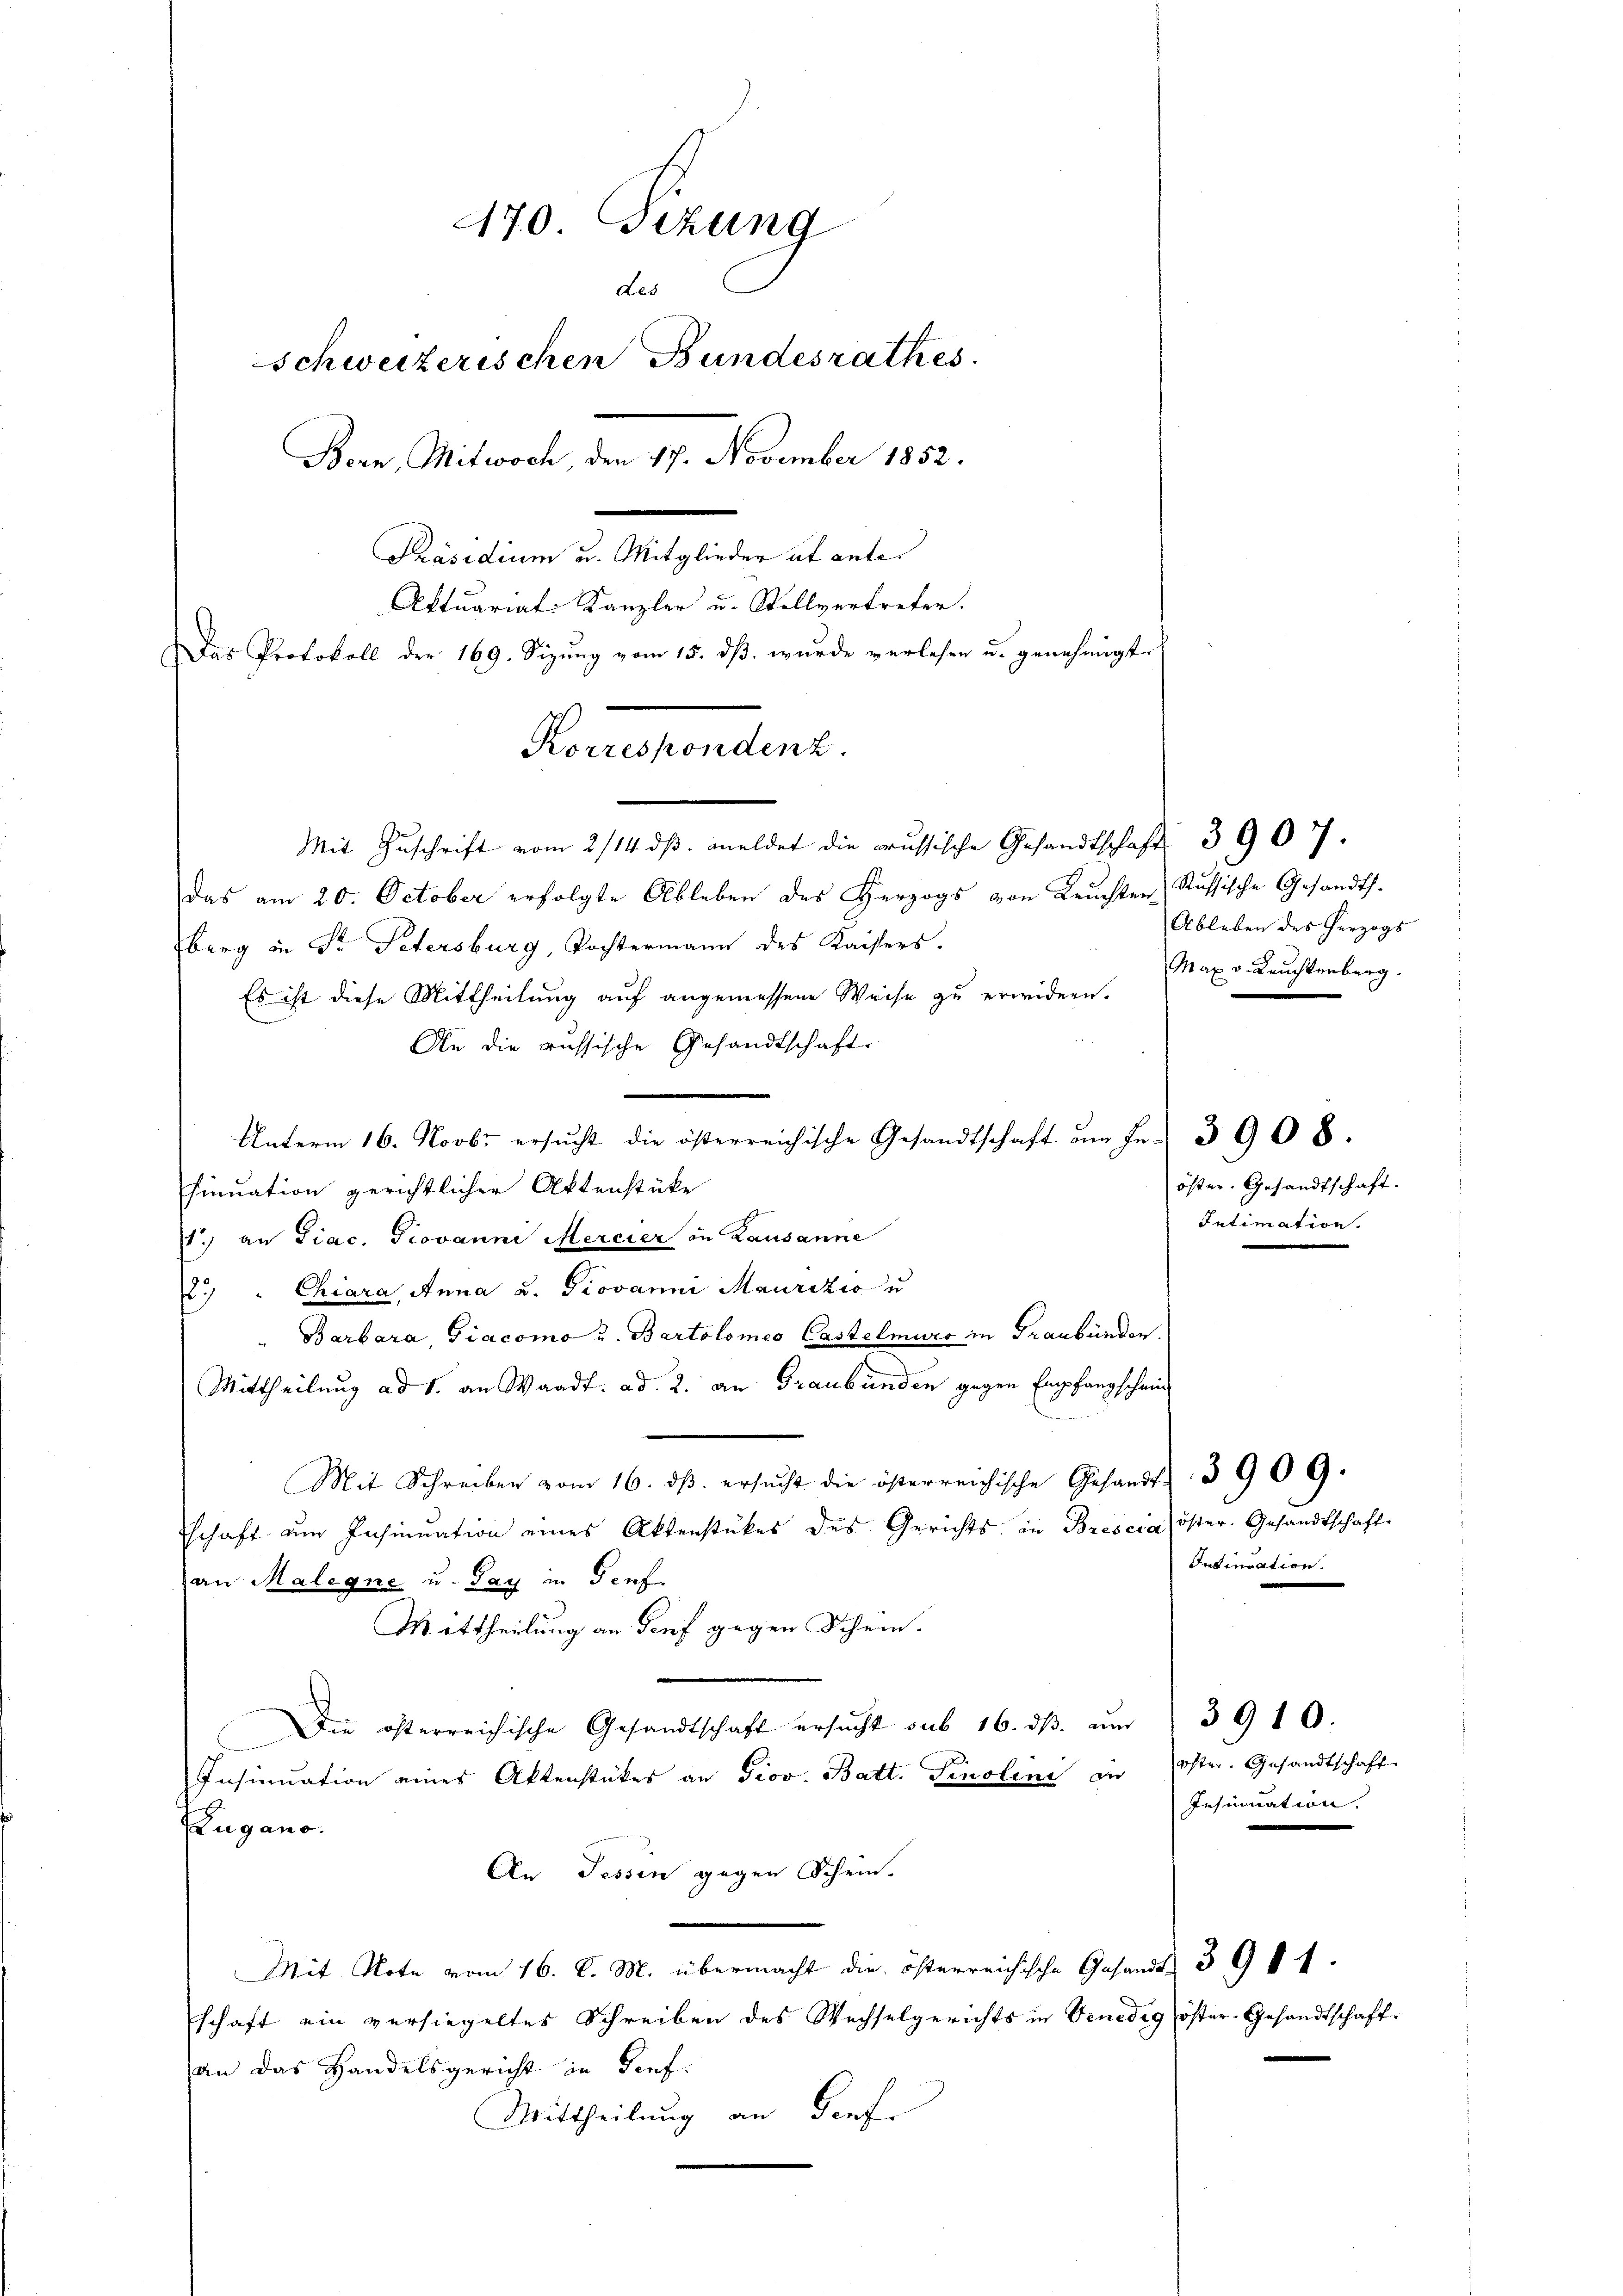
170 Sizung
Les
Schweizerischen Bundesrathes
Bern, Mitwoch, den 17. November 1852.

Aktuariat Kanzler u. Stellvertreter.
Das Protokoll der 169. Sizung vom 15. dβ. wurde verlesen u. genehmigt.

Präsidium u. Mitglieder uf ante¬
Mit Zuschrift vom 2/14. dβ. meldet die grussische Gesandtschaft 3907.
das am 20. October erfolgte Ableben des Herzogs von Leŭchten Russische Gesandts.
berg in Sr. Petersburg, Tochtermann des Kaisers.
Es ist diese Mittheilung auf angemessene Weise zu erwidern.
An die russische Gesandtschaft
.
Unterm 16. Novbr ersŭcht die österreichische Gesandtschaft am Fr. 3 908.
Finuation gerichtlicher Aktenstücke
1.) an Tiac. Provanni Mercier in Lausanne
.) " Chiara, Anna u. Giovanni Maurizio u
" Barbara, Giacomo u. Bartolomeo Castelmuro in Graubünden
Mittheilung ad 1. an Waadt. ad 2. an Graubünden gegen Empfangschein
Mit Schreiben vom 16. ds. ersucht die österreichische Gesandt-
schaft um Insinuation eines Aktenstückes des Gerichts in Brescia öster. Gesandtschaft
an Malegne u. Pay in Genf
Mittheilung an Genf gegen Schein.
Die österreichische Gesandtschaft ersucht sub 16. dβ. um
Insinuation eines Aktenstückes an Prov. Batt. Finslini zu Oster. Gesandtschaft
Zugano.
An Tessin gegen Schein-
e
Mit Note vom 16. d. M. übermacht die österreichische Gesandt 39 § 1
schaft ein versiegeltes Schreiben des Wechselgerichts in Venedig öster-Gesandtschaft-
an das Handelsgericht in Genf.
Mittheilung an Senf

Korrespondenz.

Ableben des Herzogs
Max v. Leuchtenberg.

öster. Gesandtschaft.
Intimation.

Insinuation.

3909.

3910.
Insinuation.